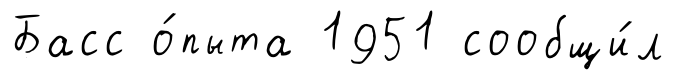
Басс о́пыта 1951 сообщи́л